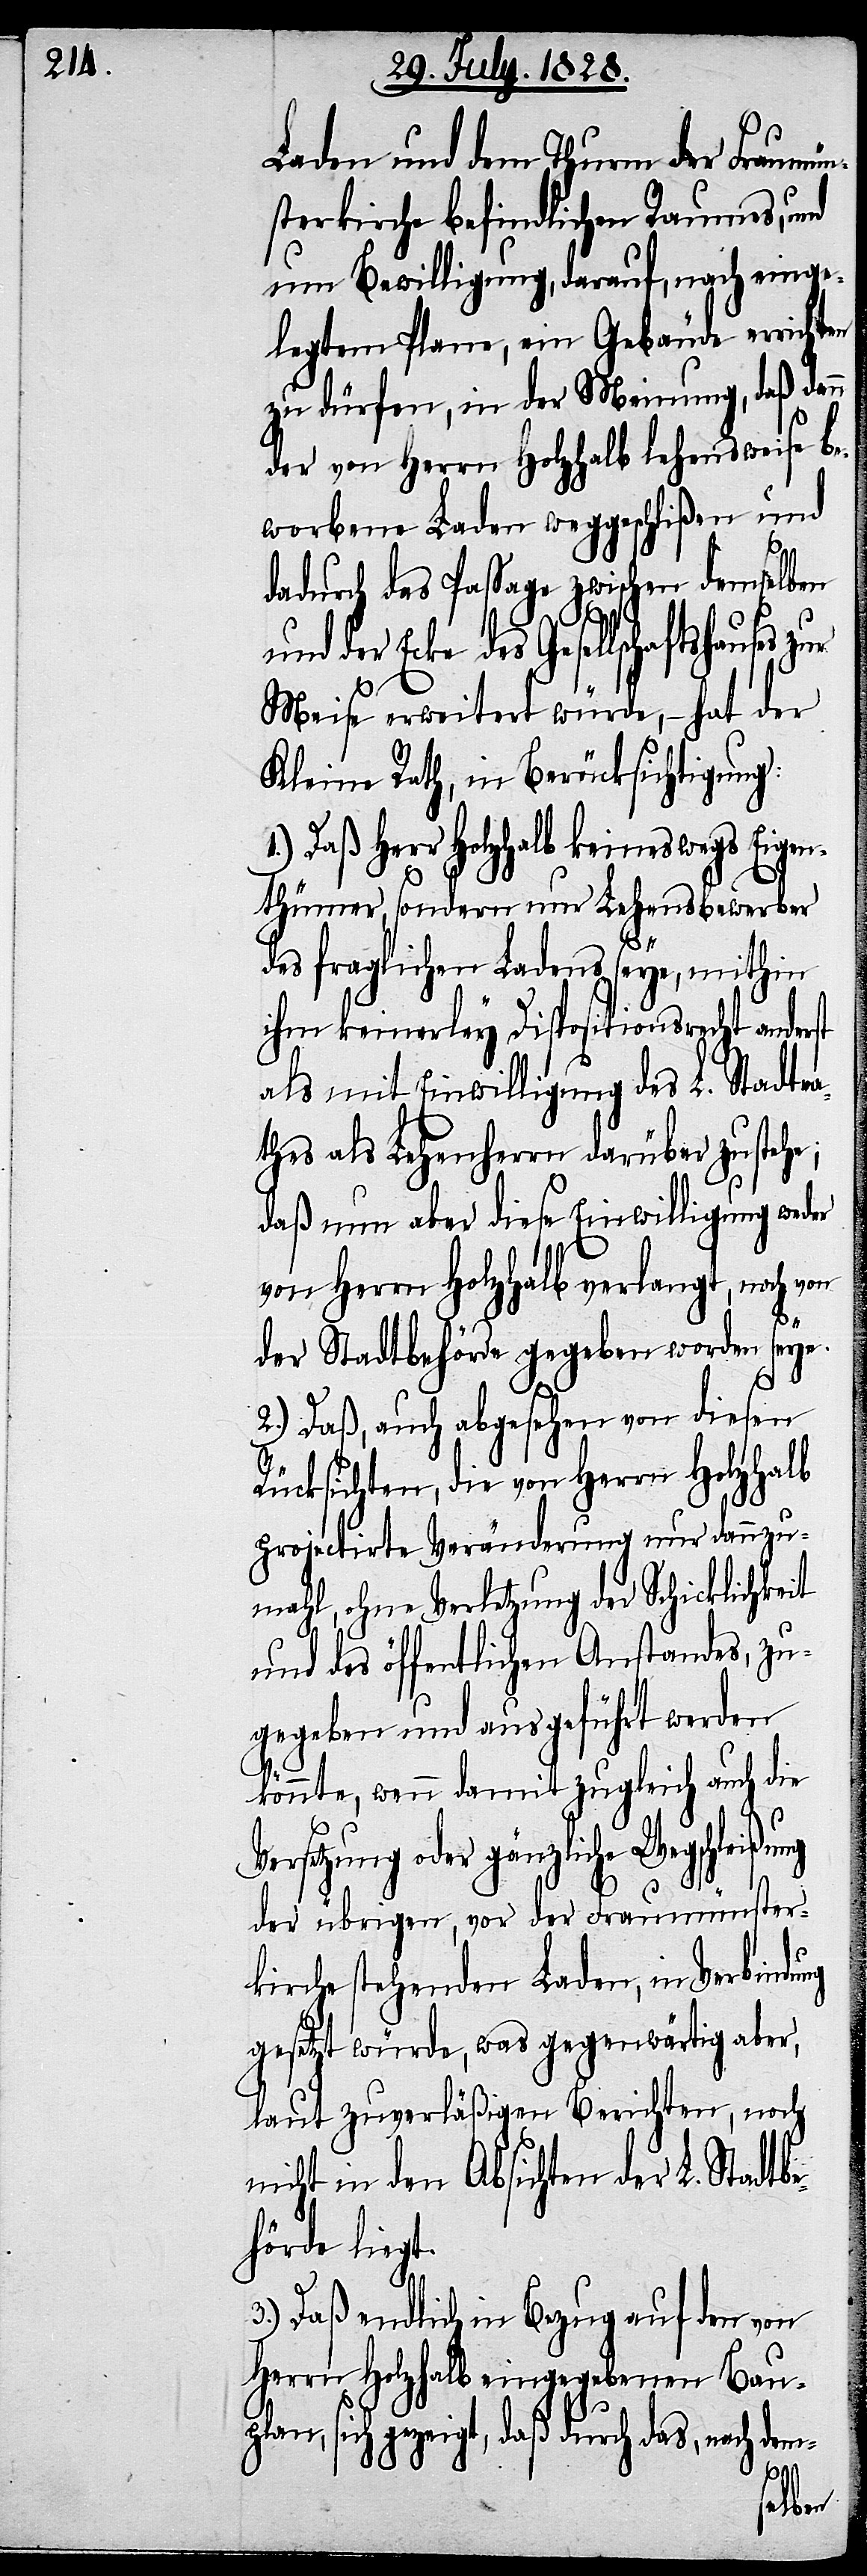
Laden und dem Thurm der Fraumün¬
sterkirche befindlichen Raumes, und
um Bewilligung, darauf, nach einge¬
legtem Plane, ein Gebäude errichten
zu dürfen, in der Meinung, daß dann
der von Herrn Holzhalb lehensweise be¬
worbene Laden weggeschlißen und
dadurch das Passage zwischen demselben
und der Ecke des Gesellschaftshau¬
Meise erweitert würde, – hat der
Kleine Rath, in Berücksichtigung:
Daß Herr Holzhalb keineswegs Eigen¬
thümer, sondern nur Lehensbewerber
des fraglichen Ladens seye, mithin
ihm keinerley Dispositionsrecht anderst
als mit Einwilligung des L. Stadtra¬
thes als Lehensherrn darüber zustehe:
daß nun aber diese Einwilligung weder
von Herrn Holzhalb verlangt, noch von
der Stadtbehörde gegeben worden seye.
2.) Daß, auch abgesehen von diesen
Rücksichten, die von Herrn Holzhalb
projecitrte Veränderung nur dannzu¬
mahl, ohne Verletzung der Schicklichkeit
und des öffentlichen Anstandes, zu¬
gegeben und ausgeführt werden
könnte, wenn damit zugleich auch die
Versetzung oder gänzliche Wegschleißung
der übrigen, vor der Fraumünster¬
kirche stehenden Laden, in Verbindung
gesetzt würde, was gegenwärtig aber,
laut zuverläßigen Berichten, noch
nicht in den Absichten der L. Stadtbe¬
hörde liegt.
m-
3.) Daß endlich in Bezug auf den von
Herrn Holzhalb eingegebenen Bau¬
gezeigt, daß durch das, nach de¬
sich